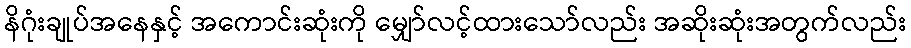
နိဂုံးချုပ်အနေနှင့် အကောင်းဆုံးကို မျှော်လင့်ထားသော်လည်း အဆိုးဆုံးအတွက်လည်း